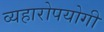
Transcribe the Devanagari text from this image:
व्यहारोपयोगी